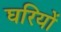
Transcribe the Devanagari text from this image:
घरियों